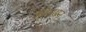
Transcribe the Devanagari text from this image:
त्रिनयन